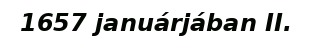
1657 januárjában II.